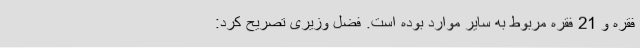
فقره و 21 فقره مربوط به سایر موارد بوده است. فضل وزیری تصریح کرد: